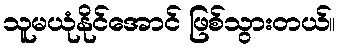
သူမယုံနိုင်အောင် ဖြစ်သွားတယ်။